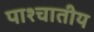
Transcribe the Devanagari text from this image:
पाश्चातीय